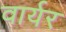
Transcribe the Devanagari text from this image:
वार्यर